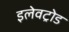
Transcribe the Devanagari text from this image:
इलेवट्रोड